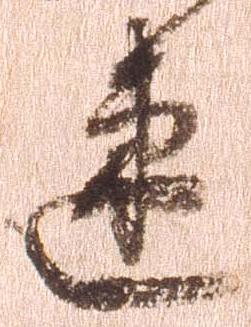
速